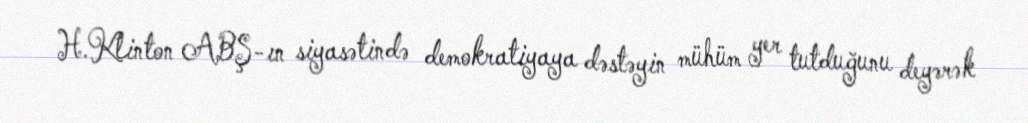
H.Klinton ABŞ-ın siyasətində demokratiyaya dəstəyin mühüm yer tutduğunu deyərək